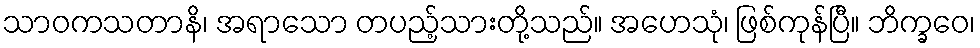
သာဝကသတာနိ၊ အရာသော တပည့်သားတို့သည်။ အဟေသုံ၊ ဖြစ်ကုန်ပြီ။ ဘိက္ခဝေ၊